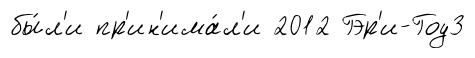
бы́л'и пр'ин'има́л'и 2012 Гэр'и-Гоу3